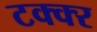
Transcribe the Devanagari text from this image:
टक्क्‍र